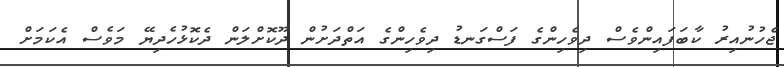
ޖެހުނުއިރު ކާބަފައިންވެސް ދިވެހިންގެ ފަސްގަނޑު ދިވެހިންގެ އަތްދަށުން ދޫކޮށްލަން ދެކޮޅުހެދިޔޭ މަވެސް އެކަމަށް